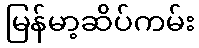
မြန်မာ့ဆိပ်ကမ်း